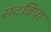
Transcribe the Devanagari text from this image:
सदविप्रा